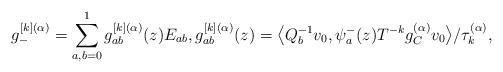
LaTeX: \begin{gather*}g^{[k](\alpha)}_{-}=\sum_{a,b=0}^{1}g^{[k](\alpha)}_{ab}(z)E_{ab},g^{[k](\alpha)}_{ab}(z)=\big\langle Q_{b}^{-1}v_{0},\psi_{a}^{-}(z)T^{-k}g_{C}^{(\alpha)}v_{0}\big\rangle/\tau_{k}^{(\alpha)},\end{gather*}